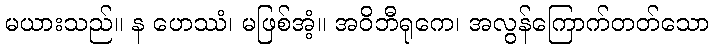
မယားသည်။ န ဟေဿံ၊ မဖြစ်အံ့။ အဝိဘီရုကေ၊ အလွန်ကြောက်တတ်သော